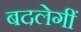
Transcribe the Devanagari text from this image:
बदलेगीं